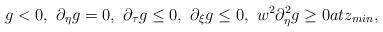
LaTeX: \begin{align*} g<0,\,\,\partial_\eta g=0,\,\,\partial_\tau g\leq 0, \,\, \partial_\xi g\leq 0,\,\, w^2\partial_{\eta }^2 g\geq 0at z_{min},\end{align*}